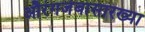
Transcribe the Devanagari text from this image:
औरंगजेबासारख्या